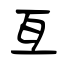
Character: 亙